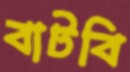
বাটবি